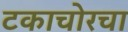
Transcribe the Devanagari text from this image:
टकाचोरचा